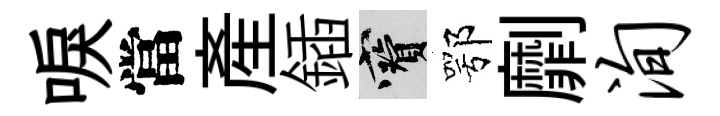
唳當産鍤寶鄂劘洵